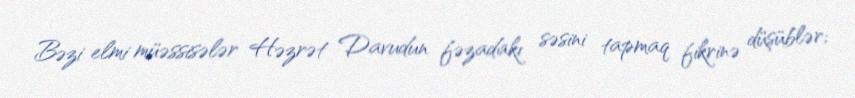
Bəzi elmi müəssisələr Həzrət Davudun fəzadakı səsini tapmaq fikrinə düşüblər;